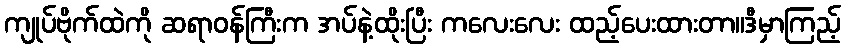
ကျုပ်ဗိုက်ထဲကို ဆရာဝန်ကြီးက အပ်နဲ့ထိုးပြီး ကလေးလေး ထည့်ပေးထားတာ။ဒီမှာကြည့်